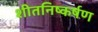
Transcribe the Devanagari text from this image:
शीतनिष्कर्षण